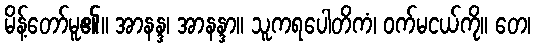
မိန့်တော်မူ၏။ အာနန္ဒ၊ အာနန္ဒာ။ သူကရပေါတိကံ၊ ဝက်မငယ်ကို။ တေ၊